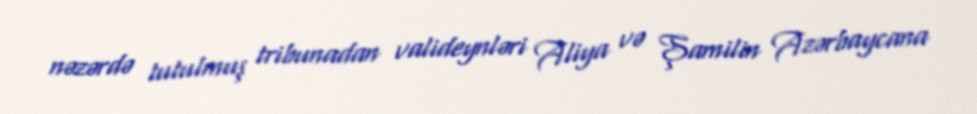
nəzərdə tutulmuş tribunadan valideynləri Aliya və Şamilin Azərbaycana